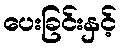
ပေးခြင်းနှင့်